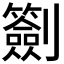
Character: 𠠬